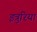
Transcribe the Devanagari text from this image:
इत्रुरिया